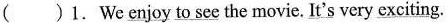
( ) 1. We \underline{enjoy to see} the movie. \underline{It's} very \underline{exciting}.